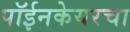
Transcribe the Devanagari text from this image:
पॉईनकेयरचा